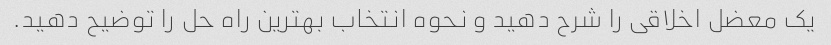
یک معضل اخلاقی را شرح دهید و نحوه انتخاب بهترین راه حل را توضیح دهید.